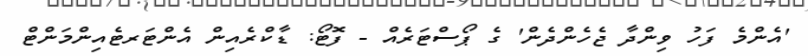
'އެންމެ ފަހު ވިންދާ ޖެހެންދެން' ގެ ޕޯސްޓަރެއް - ފޮޓޯ: ޑާކްރެއިން އެންޓަރޓެއިންމަންޓް